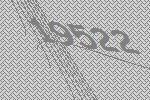
19522